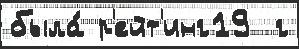
была́ р'ейт'инг19  г